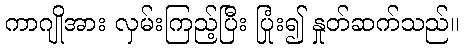
ကာဂျိုအား လှမ်းကြည့်ပြီး ပြုံး၍ နှုတ်ဆက်သည်။